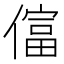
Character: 𫣡